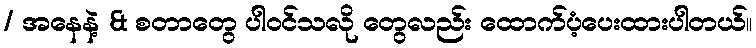
/ အနေနဲ့ & စတာတွေ ပါဝင်သလို တွေလည်း ထောက်ပံ့ပေးထားပါတယ်။